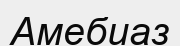
Амебиаз